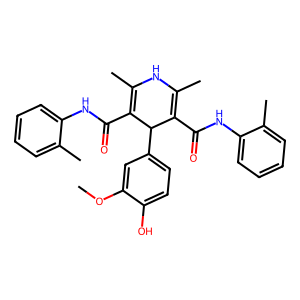
SMILES: COc1cc(C2C(C(=O)Nc3ccccc3C)=C(C)NC(C)=C2C(=O)Nc2ccccc2C)ccc1O
Inhibits HIV replication: No